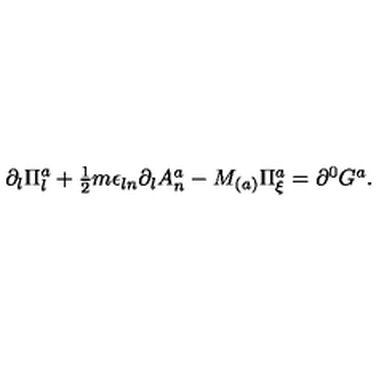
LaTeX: \partial _ { l } \Pi _ { l } ^ { a } + \textstyle { \frac { 1 } { 2 } } m \epsilon _ { l n } \partial _ { l } A _ { n } ^ { a } - M _ { ( a ) } \Pi _ { \xi } ^ { a } = \partial ^ { 0 } G ^ { a } .